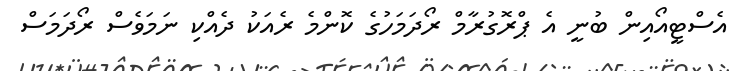
އެސްޓީއޯއިން ބުނީ އެ ޕްރޮގުރާމް ރޯދަމަހުގެ ކޮންމެ ރެއަކު ދެއްކި ނަމަވެސް ރޯދަމަސް